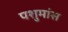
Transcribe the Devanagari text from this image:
पशुमांस